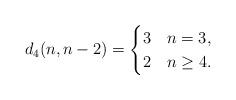
LaTeX: \begin{align*}d_4(n,n-2)=\begin{cases}3& n =3, \\2& n \ge 4.\\\end{cases}\end{align*}